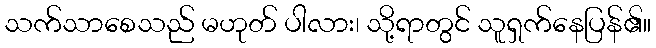
သက်သာစေသည် မဟုတ် ပါလား၊ သို့ရာတွင် သူရှက်နေပြန်၏။